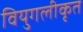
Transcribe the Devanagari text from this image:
वियुगलीकृत